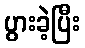
ပွားခဲ့ပြီး